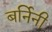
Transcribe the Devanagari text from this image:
बर्निनी